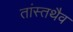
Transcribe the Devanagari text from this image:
तांस्तथैव